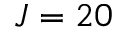
J = 2 0